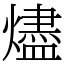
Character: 燼